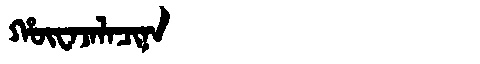
Manchu: ᡥᡡᠸᠠᠵᠠᠯᠠᠴᡳᠨᠠ
Romanization: HŪWAJALACINA